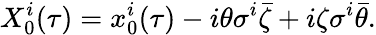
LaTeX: X_{0}^{i}(\tau)=x_{0}^{i}(\tau)-i\theta\sigma^{i}\bar{\zeta}+i\zeta\sigma^{i}\bar{\theta}.